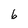
Character: 6